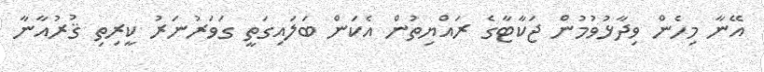
އޭނާ މިހެން ވިދާޅުވުމުން ޖަކާޓާގެ ރައްޔިތުން އެކަން ބަލައިގަތީ ގަވަރުނަރު ކީރިތި ޤުރުއާނާ